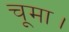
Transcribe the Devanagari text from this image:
चूमा।